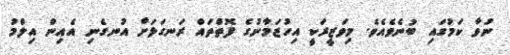
ނުވާ ކަމުގައި ބުނެވެއެވެ. މިވަޒީރަކީ އިހުޒަމާނުގެ ފޮތްތައް ރަނގަޅަށް އުނގެނި އެއިން އިލްމު